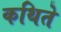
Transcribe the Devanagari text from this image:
कथिते